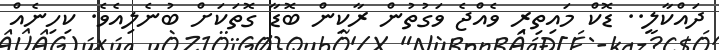
ދައްކާލީ.. ޑޮކް މައިތިރި ވެއްޖެ ވަގުތުން ރާކިން ބޮޑާ ގޮތަކަށް ބުނެލިއެވެ. ކިހިނެއް